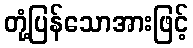
တုံ့ပြန်သောအားဖြင့်